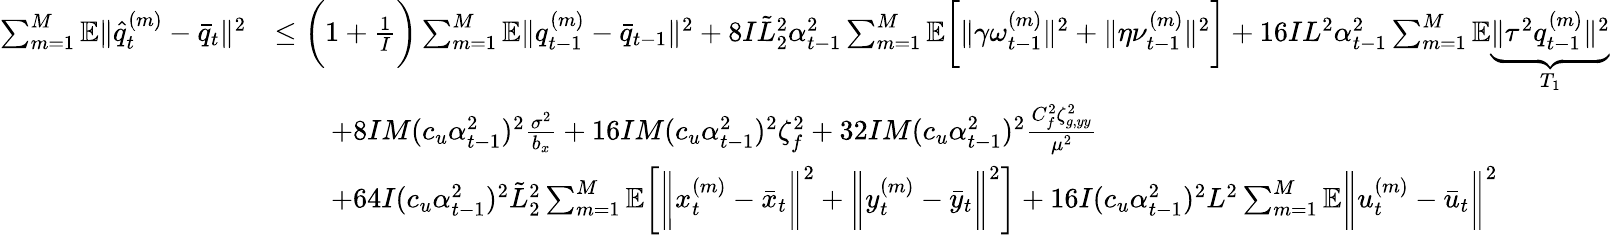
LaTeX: \begin{array}{rl}{\sum_{m=1}^{M}\mathbb{E}\| \hat{q}_{t}^{(m)}-\bar{q}_{t}\| ^{2}}&{\leq\bigg(1+\frac{1}{I}\bigg)\sum_{m=1}^{M}\mathbb{E}\| q_{t-1}^{(m)}-\bar{q}_{t-1}\| ^{2}+8I\tilde{L}_{2}^{2}\alpha_{t-1}^{2}\sum_{m=1}^{M}\mathbb{E}\bigg[\| \gamma\omega_{t-1}^{(m)}\| ^{2}+\| \eta\nu_{t-1}^{(m)}\| ^{2}\bigg]+16IL^{2}\alpha_{t-1}^{2}\sum_{m=1}^{M}\mathbb{E}\underbrace{\| \tau^{2}q_{t-1}^{(m)}\| ^{2}}_{T_{1}}}\\ &{\qquad+8IM(c_{u}\alpha_{t-1}^{2})^{2}\frac{\sigma^{2}}{b_{x}}+16IM(c_{u}\alpha_{t-1}^{2})^{2}\zeta_{f}^{2}+32IM(c_{u}\alpha_{t-1}^{2})^{2}\frac{C_{f}^{2}\zeta_{g,yy}^{2}}{\mu^{2}}}\\ &{\qquad+64I(c_{u}\alpha_{t-1}^{2})^{2}\tilde{L}_{2}^{2}\sum_{m=1}^{M}\mathbb{E}\bigg[\bigg\| x_{t}^{(m)}-\bar{x}_{t}\bigg\| ^{2}+\bigg\| y_{t}^{(m)}-\bar{y}_{t}\bigg\| ^{2}\bigg]+16I(c_{u}\alpha_{t-1}^{2})^{2}L^{2}\sum_{m=1}^{M}\mathbb{E}\bigg\| u_{t}^{(m)}-\bar{u}_{t}\bigg\| ^{2}}\end{array}